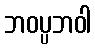
ဘဝပ္ပဘဝါ